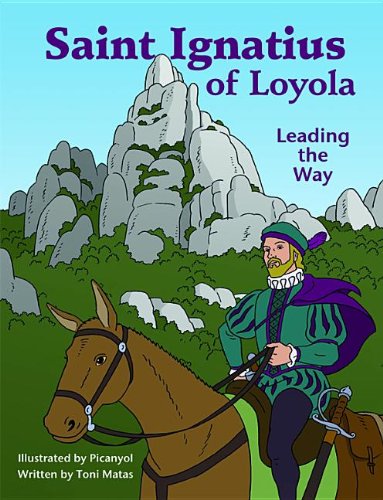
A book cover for Saint Ignatius of Loyola: Leading the Way; Toni Matas; Children's Books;